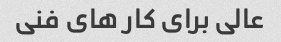
عالی برای کار های فنی